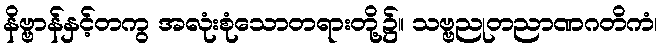
နိဗ္ဗာန်နှင့်တကွ အလုံးစုံသောတရားတို့၌။ သဗ္ဗညုတညာဏဂတိကံ၊